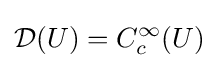
{\mathcal {D}}(U)=C_{c}^{\infty }(U)